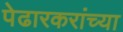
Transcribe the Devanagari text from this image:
पेढारकरांच्या